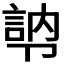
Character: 𭅾